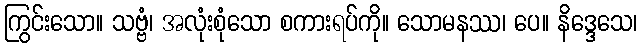
ကြွင်းသော။ သဗ္ဗံ၊ အလုံးစုံသော စကားရပ်ကို။ သောမနဿ၊ ပေ။ နိဒ္ဒေသေ၊